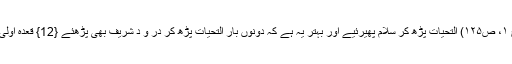
(عالمگیری، ج ۱، ص۱۲۵) اَلتَّحِیَّات پڑھ کر سلام پھیرئیے اور بہتر یہ ہے کہ دونوں بار اَلتَّحِیَّات پڑھ کر دُرُ و د شریف بھی پڑھئے {12} قعدۂ اولیٰ میں تَشَہُّد (تَ۔